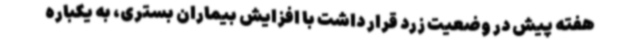
هفته پیش در وضعیت زرد قرار داشت با افزایش بیماران بستری، به یکباره